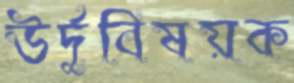
উর্দুবিষয়ক